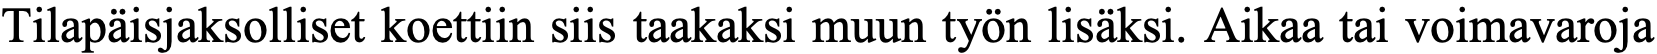
Tilapäisjaksolliset koettiin siis taakaksi muun työn lisäksi. Aikaa tai voimavaroja